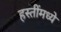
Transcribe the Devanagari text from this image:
हस्तींमध्ये